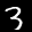
Label: 3